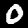
Label: 0